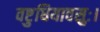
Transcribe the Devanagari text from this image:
वष्टुधियावसुः।